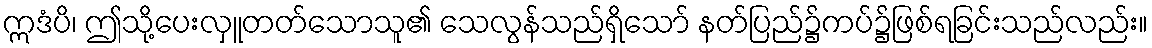
ဣဒံပိ၊ ဤသို့ပေးလှူတတ်သောသူ၏ သေလွန်သည်ရှိသော် နတ်ပြည်၌ကပ်၌ဖြစ်ရခြင်းသည်လည်း။